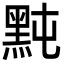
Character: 黗